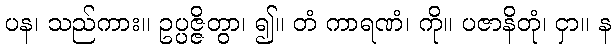
ပန၊ သည်ကား။ ဥပ္ပဇ္ဇိတွာ၊ ၍။ တံ ကာရဏံ၊ ကို။ ပဇာနိတုံ၊ ငှာ။ န